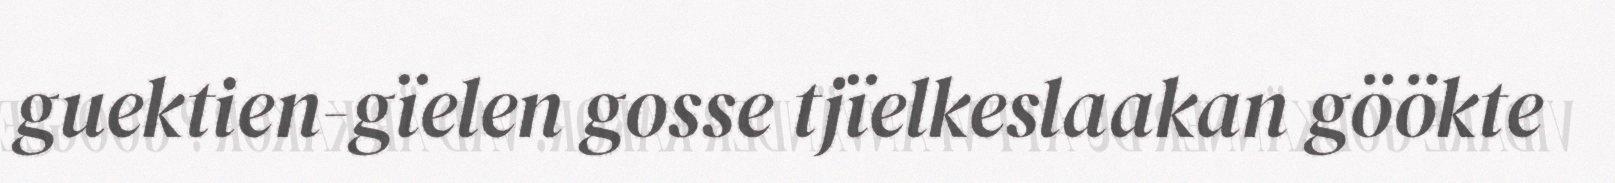
guektien-gïelen gosse tjïelkeslaakan göökte